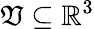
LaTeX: \mathfrak{V}\subseteq\mathbb{{R}}^{3}